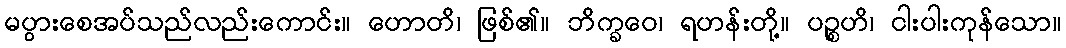
မပွားစေအပ်သည်လည်းကောင်း။ ဟောတိ၊ ဖြစ်၏။ ဘိက္ခဝေ၊ ရဟန်းတို့။ ပဉ္စဟိ၊ ငါးပါးကုန်သော။